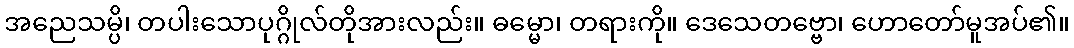
အညေသမ္ပိ၊ တပါးသောပုဂ္ဂိုလ်တိုအားလည်း။ ဓမ္မော၊ တရားကို။ ဒေသေတဗ္ဗော၊ ဟောတော်မူအပ်၏။